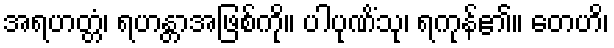
အရဟတ္တံ၊ ရဟန္တာအဖြစ်ကို။ ပါပုဏိံသု၊ ရကုန်၏။ တေဟိ၊